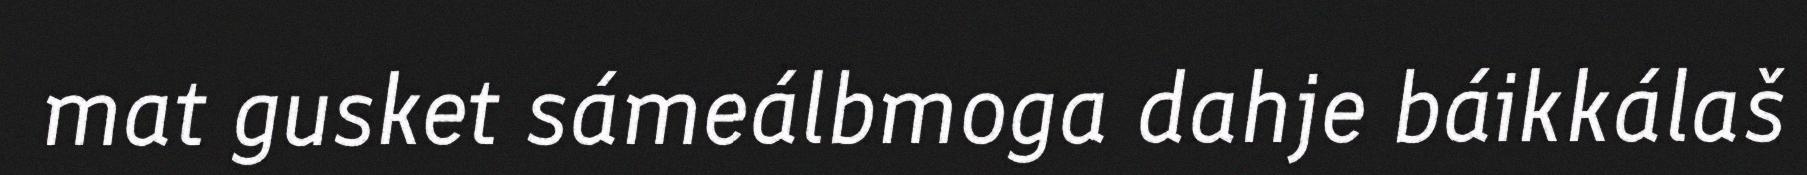
mat gusket sámeálbmoga dahje báikkálaš